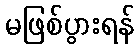
မဖြစ်ပွားရန်